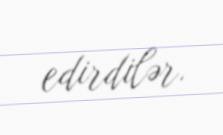
edirdilər.